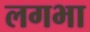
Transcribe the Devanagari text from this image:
लगभा